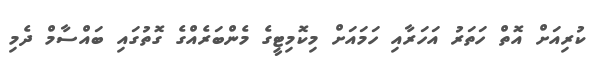
ކުރިއަށް އޮތް ހަތަރު އަހަރާއި ހަމަައަށް މިކޮމިޓީގެ މެންބަރެއްގެ ގޮތުގައި ބައްސާމް ދެމި